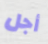
أجل